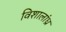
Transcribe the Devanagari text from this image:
विशालांध्र